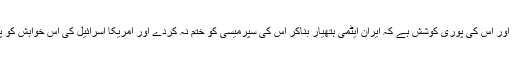
اسرائیل ایران کو اپنا حریف سمجھتا ہے اور اس کی پوری کوشش ہے کہ ایران ایٹمی ہتھیار بناکر اس کی سپرمیسی کو ختم نہ کردے اور امریکا اسرائیل کی اس خواہش کو پورا کرنے میں اس کی مدد کر رہا ہے۔